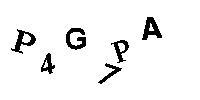
P4G7PA